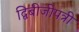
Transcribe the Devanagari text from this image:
द्विबीजीपत्री